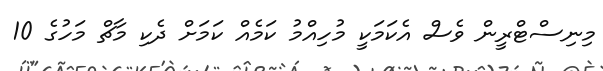
މިނިސްޓްރީން ވެސް އެކަމަކީ މުހިއްމު ކަމެއް ކަމަށް ދެކި މާޗް މަހުގެ 10